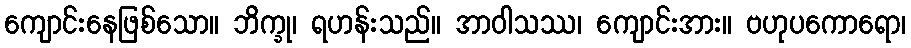
ကျောင်းနေဖြစ်သော။ ဘိက္ခု၊ ရဟန်းသည်။ အာဝါသဿ၊ ကျောင်းအား။ ဗဟုပကောရော၊